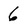
Character: 6